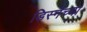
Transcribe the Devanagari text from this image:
डिस्नेच्या